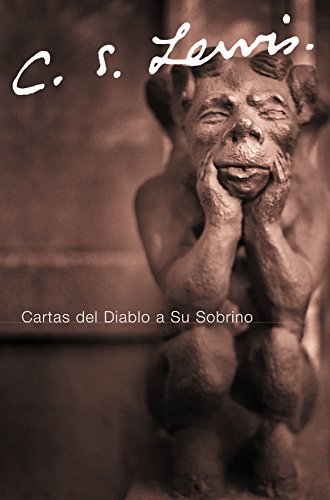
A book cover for Las Cartas del Diablo a Su Sobrino (Spanish Edition); C. S. Lewis; Christian Books & Bibles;